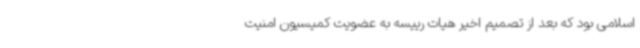
اسلامی بود که بعد از تصمیم اخیر هیات رییسه به عضویت کمیسیون امنیت